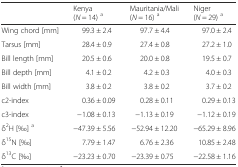
|  | Kenya (N = 14) a | Mauritania/Mali (N = 16) a | Niger (N = 29) a |
 | --- | --- | --- | --- |
 | Wing chord [mm] | 99.3 ± 2.4 | 97.7 ± 4.4 | 97.0 ± 2.4 |
 | Tarsus [mm] | 28.4 ± 0.9 | 27.4 ± 0.8 | 27.2 ± 1.0 |
 | Bill length [mm] | 20.5 ± 0.6 | 20.0 ± 0.8 | 19.5 ± 0.7 |
 | Bill depth [mm] | 4.1 ± 0.2 | 4.2 ± 0.3 | 4.0 ± 0.3 |
 | Bill width [mm] | 3.8 ± 0.2 | 3.8 ± 0.2 | 3.7 ± 0.2 |
 | c2-index | 0.36 ± 0.09 | 0.28 ± 0.11 | 0.29 ± 0.13 |
 | c3-index | −1.08 ± 0.13 | −1.13 ± 0.19 | −1.12 ± 0.19 |
 | δ2H [‰] a | −47.39 ± 5.56 | −52.94 ± 12.20 | −65.29 ± 8.96 |
 | δ15N [‰] | 7.79 ± 1.47 | 6.76 ± 2.36 | 10.85 ± 2.48 |
 | δ13C [‰] | −23.23 ± 0.70 | −23.39 ± 0.75 | −22.58 ± 1.16 |